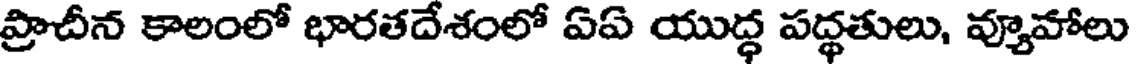
ప్రాచీన కాలంలో భారతదేశంలో ఏఏ యుద్ధ పద్ధతులు, వ్యూహాలు